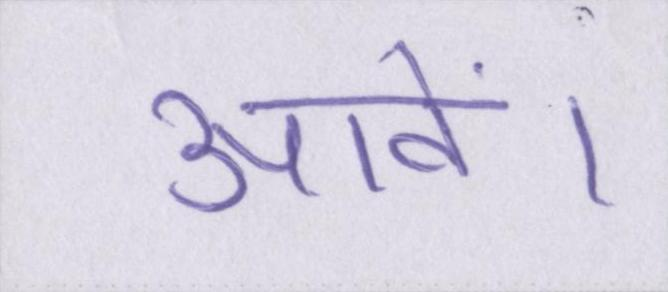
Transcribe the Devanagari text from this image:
आवें।